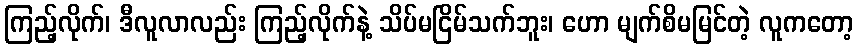
ကြည့်လိုက်၊ ဒီလူလာလည်း ကြည့်လိုက်နဲ့ သိပ်မငြိမ်သက်ဘူး၊ ဟော မျက်စိမမြင်တဲ့ လူကတော့